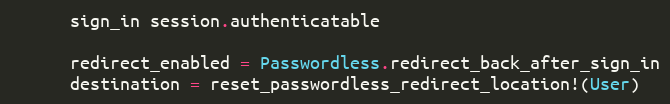
Language: Ruby
      sign_in session.authenticatable

      redirect_enabled = Passwordless.redirect_back_after_sign_in
      destination = reset_passwordless_redirect_location!(User)